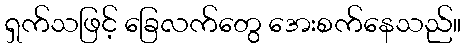
ရှက်သဖြင့် ခြေလက်တွေ အေးစက်နေသည်။